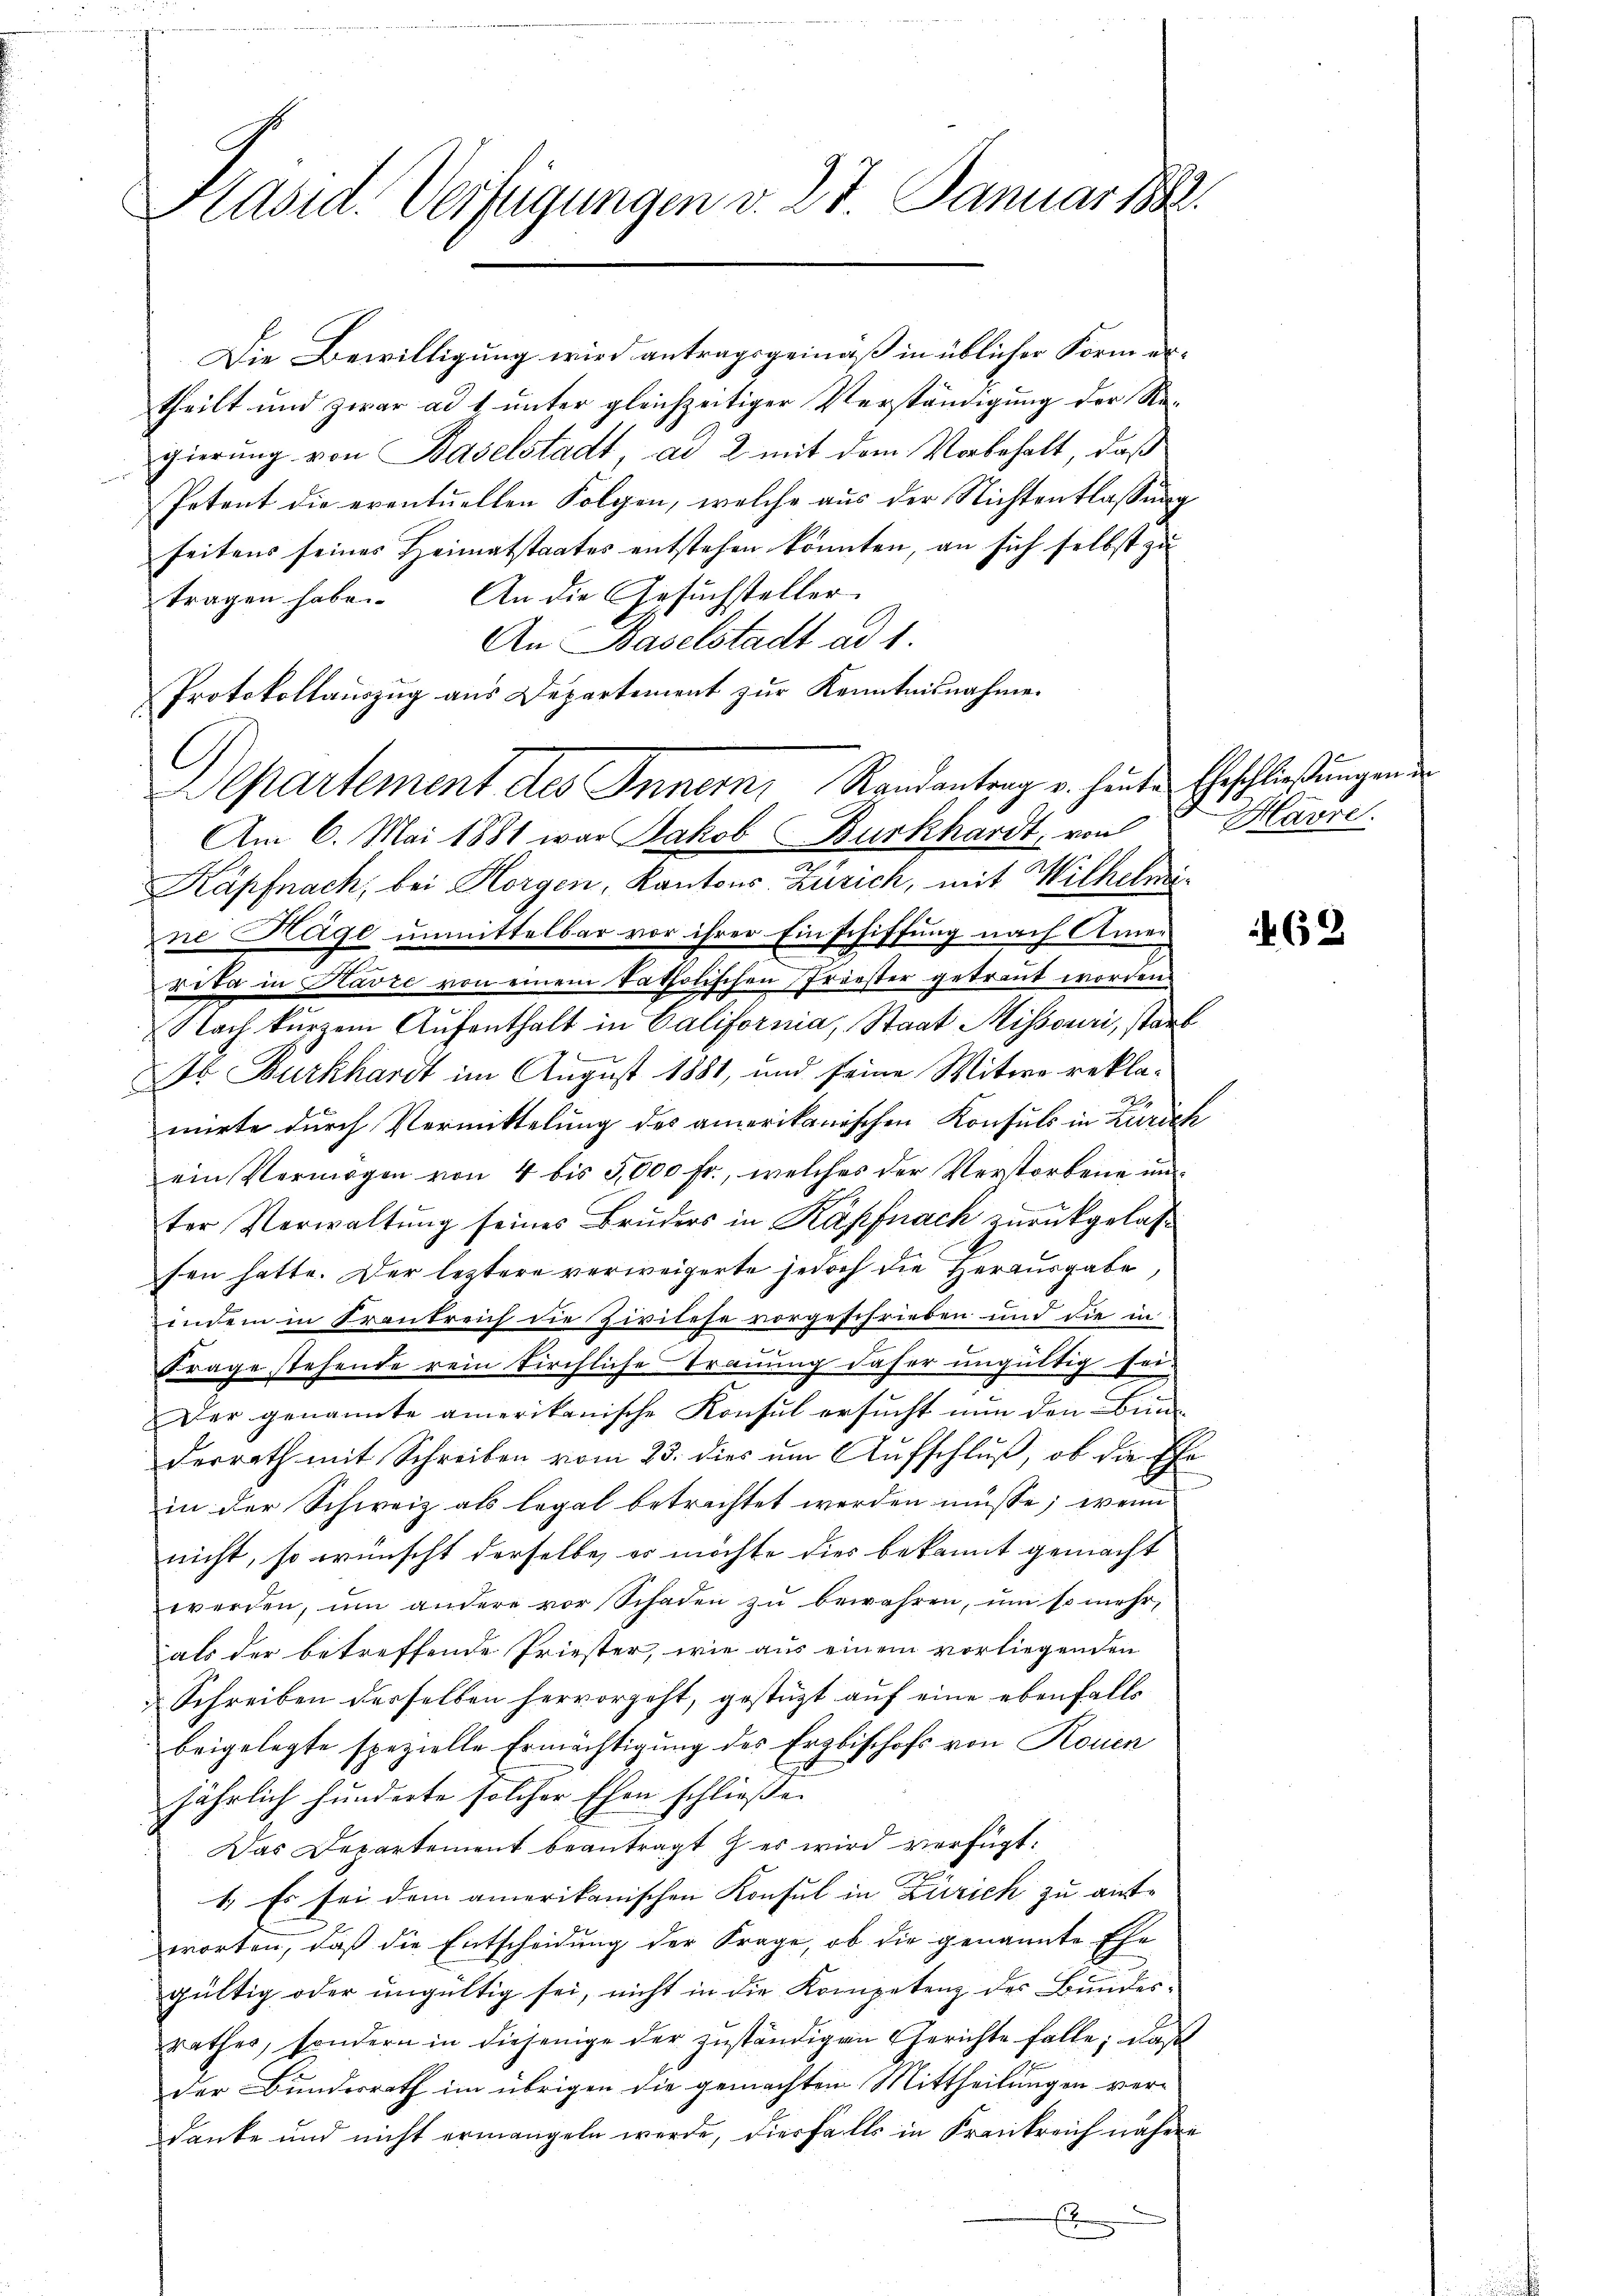
Präsid. Verfügungen v. 27. Januar 188

Departement des Innern, Randantrag u. heute Geschließungen
Am 6. Mai 1881 war Jakob Burkhardt, von

Die Bewilligung wird antragsgemäß in üblicher Form ertheilt und zwar ad 1. unter gleichzeitiger Verständigung der Regierung von Baselstadt, ad 2 mit dem Vorbehalt, daß
Petent die eventuellen Folgen, welche aus der Nichtentlassung
seitens seines Heimatstaates entstehen könnten, an sich selbst zu
tragen habe. An die Gesuchsteller
An Baselstadt ad 1.
Protokollauszug aus Departement zur Kenntnisnahme.
Käpfnach, bei Horgen, Kantons Zürich, mit Wilhelmin
ne Häge unmittelbar vor ihrer Einschiffung nach Amer
rita in Havre von einem katholischen Friester getraut worden.
Nach kurzem Aufenthalt in California, Staat Missouri, starb
Ab Burkhardt im August 1881, und seine Witwe reklamirte durch Vermittelung des amerikanischen Konsuls in Zürich
ein Vermögen von 4 bis 5,000 fr., welches der Verstorbene un
ter Verwaltung seines Bruders in Käpfnach zurückgelassen hatte. Der leztere verweigerte jedoch die Herausgabe,
indem in Krantreich die Zivilese vorgeschrieben und die in
e
Frage stehende rein kirchliche Trauung daher ungültig sei-
Der genannte amerikanische Konsul ersucht nun den Bunderrath mit Schreiben vom 23. dies um Aufschluß, ob die Ehe
in der Schweiz als legal betrachtet werden müsse; wenn
nicht, so wünscht derselbe, es möchte dies bekannt gemacht
werden, um andere vor Schaden zŭ bewahren, ŭm so mehr,
als der betreffende Priester, wie aus einem vorliegenden
Schreiben desselben hervorgeht, gestützt auf eine ebenfalls
beigelegte spezielle Ermächtigung des Erzbischofs von Rouen
jährlich hunderte solcher Ehen schließe.
Das Departement beantragt es wird verfügt:
1.) Es sei dem amerikanischen Konsul in Zürich zu ant-
worten, daß die Entscheidung der Frage, ob die genannte Ehe
gültig oder ungültig sei, nicht in die Kompetenz des Bundesrathes, sondern in diejenige der zuständigen Gerichte falle; daß
der Bundesrath im übrigen die gemachten Mittheilungen verdanke und nicht ermangeln werde, diesfalls in Krankreich nähere
x

Havre.

62